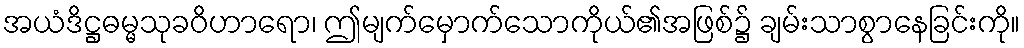
အယံဒိဋ္ဌဓမ္မသုခဝိဟာရော၊ ဤမျက်မှောက်သောကိုယ်၏အဖြစ်၌ ချမ်းသာစွာနေခြင်းကို။